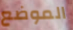
الموضع